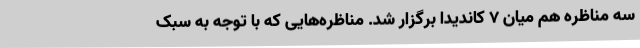
سه مناظره هم میان ۷ کاندیدا برگزار شد. مناظره‌هایی که با توجه به سبک